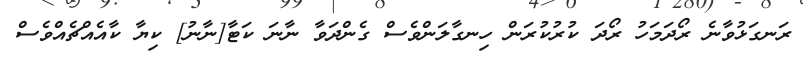
ރަނގަޅުވާނެ ރޯދަމަހު ރޯދަ ކުރުކުރަން ހިނގާލަންވެސް ގެންދަވާ ނާނަ ކަޓާ[ނާނު] ކިޔާ ކާއެއްޗެއްވެސް